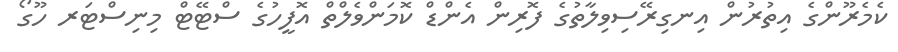
ކެމެރޫންގެ އިތުރުން އިނގިރޭސިވިލާތުގެ ފޮރިން އެންޑް ކޮމަންވެލްތް އޮފީހުގެ ސްޓޭޓް މިނިސްޓަރ ހޫގޯ